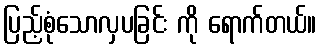
ပြည့်စုံသောလှပခြင်း ကို ရောက်တယ်။